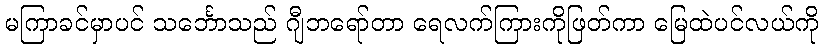
မကြာခင်မှာပင် သင်္ဘောသည် ဂျီဘရော်တာ ရေလက်ကြားကိုဖြတ်ကာ မြေထဲပင်လယ်ကို